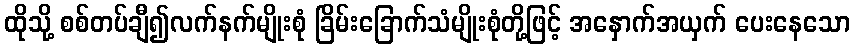
ထိုသို့ စစ်တပ်ချီ၍လက်နက်မျိုးစုံ ခြိမ်းခြောက်သံမျိုးစုံတို့ဖြင့် အနှောက်အယှက် ပေးနေသော